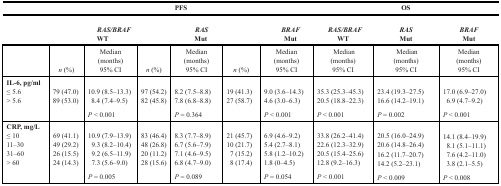
|  | <COLSPAN=6> PFS | <COLSPAN=3> OS |
 |  |  | RAS/BRAFWT |  | RASMut |  | BRAFMut | RAS/BRAFWT | RASMut | BRAFMut |
 |  | n (%) | Median (months) 95% CI | n (%) | Median (months) 95% CI | n (%) | Median (months) 95% CI | Median (months) 95% CI | Median (months) 95% CI | Median (months) 95% CI |
 | --- | --- | --- | --- | --- | --- | --- | --- | --- | --- |
 | IL-6, pg/ml≤ 5.6> 5.6 | 79 (47.0)89 (53.0) | 10.9 (8.5–13.3)8.4 (7.4–9.5)P < 0.001 | 97 (54.2)82 (45.8) | 8.2 (7.5–8.8)7.8 (6.8–8.8)P = 0.364 | 19 (41.3)27 (58.7) | 9.0 (3.6–14.3)4.6 (3.0–6.3)P < 0.001 | 35.3 (25.3–45.3)20.5 (18.8–22.3)P < 0.001 | 23.4 (19.3–27.5)16.6 (14.2–19.1)P = 0.002 | 17.0 (6.9–27.0)6.9 (4.7–9.2)P < 0.001 |
 | CRP, mg/L≤ 1011–3031–60> 60 | 69 (41.1)49 (29.2)26 (15.5)24 (14.3) | 10.9 (7.9–13.9)9.3 (8.2–10.4)9.2 (6.5–11.9)7.3 (5.6–9.0)P = 0.005 | 83 (46.4)48 (26.8)20 (11.2)28 (15.6) | 8.3 (7.7–8.9)6.7 (5.6–7.9)7.1 (4.6–9.5)6.8 (4.7–9.0)P = 0.089 | 21 (45.7)10 (21.7)7 (15.2)8 (17.4) | 6.9 (4.6–9.2)5.4 (2.7–8.1)5.8 (1.2–10.2)1.8 (0–4.5)P = 0.054 | 33.8 (26.2–41.4)22.6 (12.3–32.9)20.5 (15.4–25.6)12.8 (9.2–16.3)P < 0.001 | 20.5 (16.0–24.9)20.6 (14.8–26.4)16.2 (11.7–20.7)14.2 (5.2–23.1)P < 0.009 | 14.1 (8.4–19.9)8.1 (5.1–11.1)7.6 (4.2–11.0)3.8 (2.1–5.5)P < 0.008 |